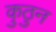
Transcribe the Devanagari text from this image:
कुठुन